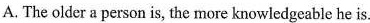
A. The older a person is, the more knowledgeable he is.